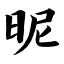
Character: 昵